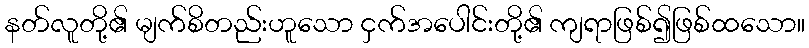
နတ်လူတို့၏ မျက်စိတည်းဟူသော ငှက်အပေါင်းတို့၏ ကျရာဖြစ်၍ဖြစ်ထသော။